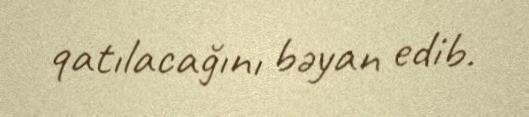
qatılacağını bəyan edib.